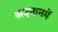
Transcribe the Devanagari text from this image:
अदनानमें